Indian Civil Veterinary Department memoirs
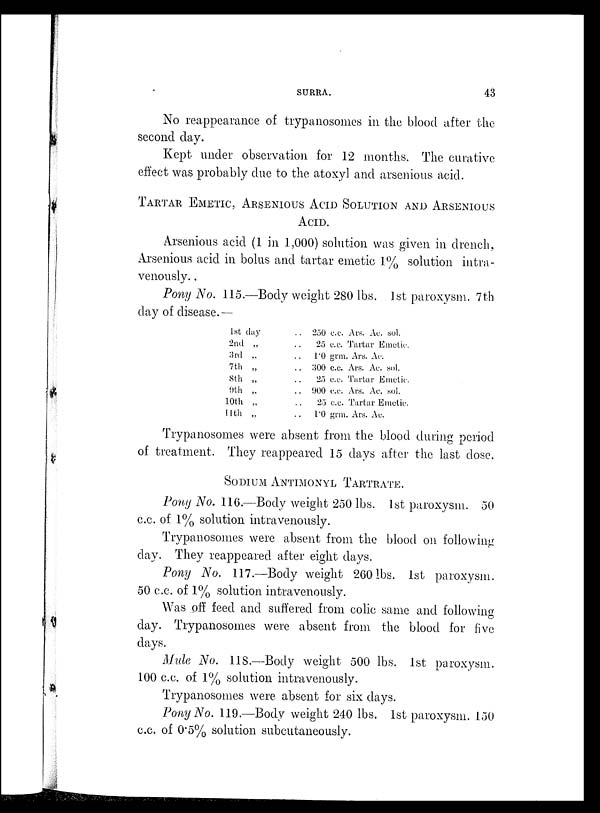
SURRA.
43
No reappearance of trypanosomes in the blood after the
second day.
Kept under observation for 12 months. The curative
effect was probably due to the atoxyl and arsenious acid.
TARTAR EMETIC, ARSENIOUS ACID SOLUTION AND ARSENIOUS
ACID.
Arsenious acid (1 in 1,000) solution was given in drench,
Arsenious acid in bolus and tartar emetic 1% solution intra-
venously.
Pony No. 115.—Body weight 280 lbs. 1st paroxysm. 7th
day of disease.—
1st day ..
2nd „ ..
3rd „ ..
7th „ ..
8th „ ..
9th „ ..
10th „ ..
11th „ ..
250 c.c. Ars. Ac. sol.
25 c.c. Tartar Emetic.
1.0 grm. Ars. Ac.
300 c.c. Ars. Ac. sol.
25 c.c Tartar Emetic.
900 c.c. Ars. Ac. sol.
25 c.c. Tartar Emetic.
1.0 grm. Ars. Ac.
Trypanosomes were absent from the blood during period
of treatment. They reappeared 15 days after the last dose.
SODIUM ANTIMONYL TARTRATE.
Pony No. 116.—Body weight 250 lbs. 1st paroxysm. 50
c.c. of 1% solution intravenously.
Trypanosomes were absent from the blood on following
day. They reappeared after eight days.
Pony No. 117.—Body weight 260 lbs. 1st paroxysm.
50 c.c. of 1% solution intravenously.
Was off feed and suffered from colic same and following
day. Trypanosomes were absent from the blood for five
days.
Mule No. 118.—Body weight 500 lbs. 1st paroxysm.
100 c.c. of 1% solution intravenously.
Trypanosomes were absent for six days.
Pony No. 119.—Body weight 240 lbs. 1st paroxysm. 150
c.c. of 0.5% solution subcutaneously.